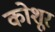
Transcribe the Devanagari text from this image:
कोशूर